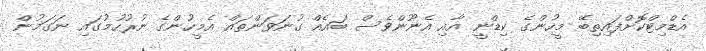
އެޑްމިޓްކޮށްފައިތިބޭ މީހުންގެ ކިޑްނީ އާއި އެނޫންވެސް ބައެއް ގުނަވަންތައް އެމީހުންގެ ނުރުހުމުގައި ނަގަމުން